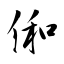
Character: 俰